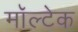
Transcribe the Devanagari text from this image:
मॉल्टेक